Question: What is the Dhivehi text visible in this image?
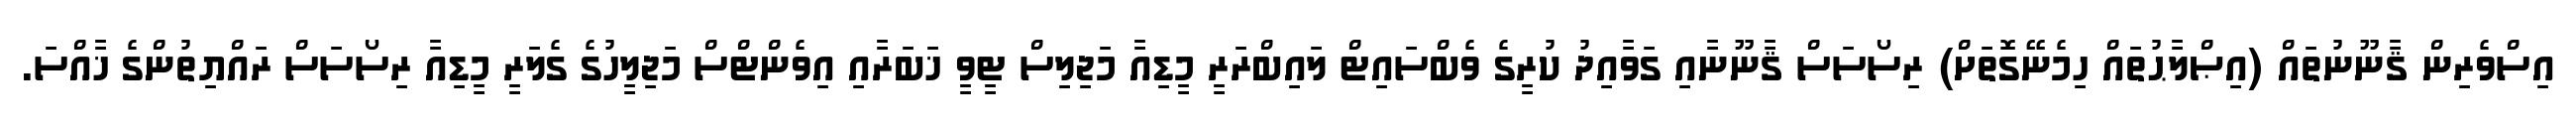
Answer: އިސްވެރިން ޤާނޫނުތައް (އިޞްލާޙުތައް ހިމެނޭގޮތަށް) ރިސޯސަސް ޤާނޫނާއި ގަވާއިދު ކުރީގެ ވެބްސައިޓް ލައިބްރަރީ މީޑިއާ މަޖިލިސް ޓީވީ ޚަބަރާއި އިވެންޓްސް މަޖިލީހުގެ ގެލަރީ މީޑިއާ ރިސޯސަސް ރައްޔިތުންގެ ޚާއްސަ.